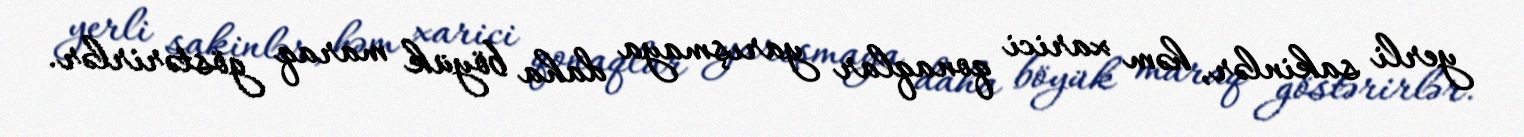
yerli sakinlər, həm xarici qonaqlar yarışmaya daha böyük maraq göstərirlər.